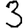
Digit: 3